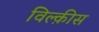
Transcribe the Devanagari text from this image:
विल्क़ीस